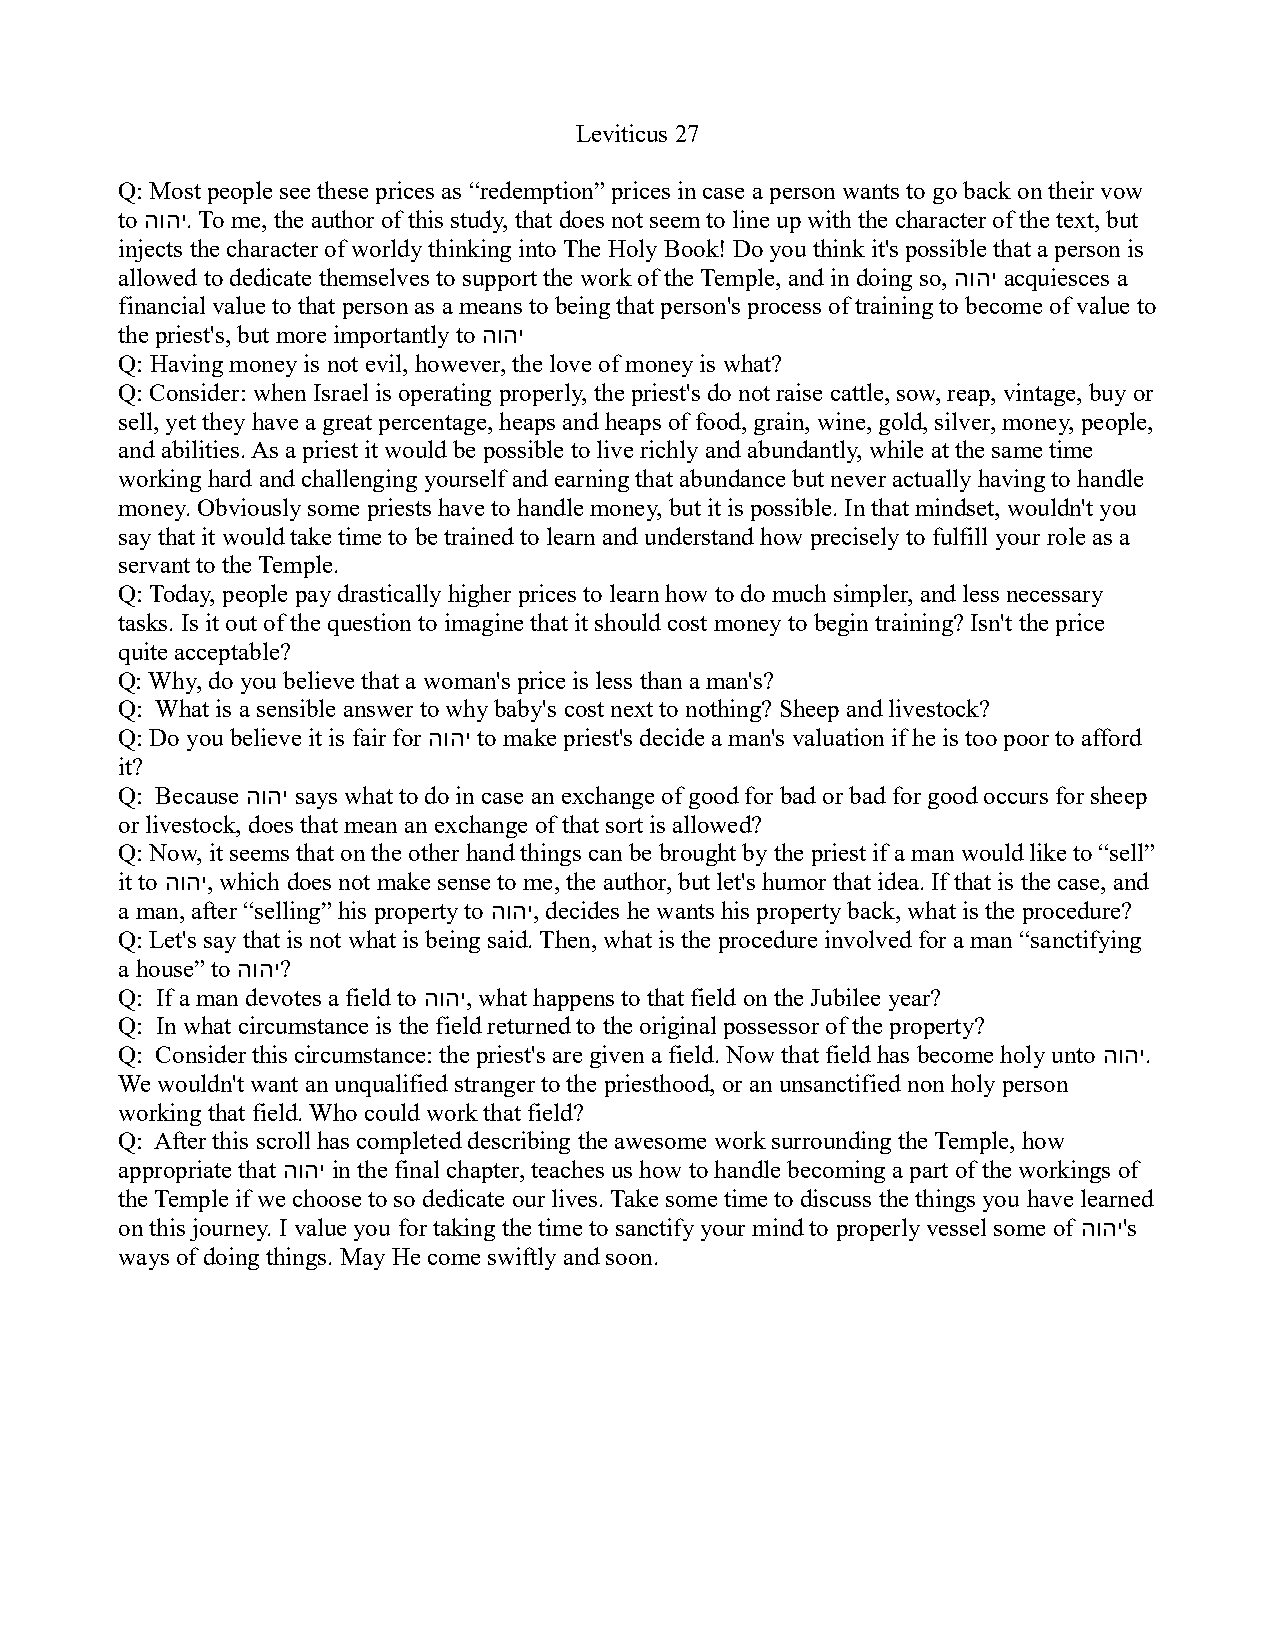
Leviticus 27
 Q: Most people see these prices as “redemption” prices in case a person wants to go back on their vow
 to הוהי. To me, the author of this study, that does not seem to line up with the character of the text, but
 injects the character of worldy thinking into The Holy Book! Do you think it's possible that a person is
 allowed to dedicate themselves to support the work of the Temple, and in doing so, הוהי acquiesces a
 financial value to that person as a means to being that person's process of training to become of value to
 the priest's, but more importantly to הוהי
 Q: Having money is not evil, however, the love of money is what?
 Q: Consider: when Israel is operating properly, the priest's do not raise cattle, sow, reap, vintage, buy or
 sell, yet they have a great percentage, heaps and heaps of food, grain, wine, gold, silver, money, people,
 and abilities. As a priest it would be possible to live richly and abundantly, while at the same time
 working hard and challenging yourself and earning that abundance but never actually having to handle
 money. Obviously some priests have to handle money, but it is possible. In that mindset, wouldn't you
 say that it would take time to be trained to learn and understand how precisely to fulfill your role as a
 servant to the Temple.
 Q: Today, people pay drastically higher prices to learn how to do much simpler, and less necessary
 tasks. Is it out of the question to imagine that it should cost money to begin training? Isn't the price
 quite acceptable?
 Q: Why, do you believe that a woman's price is less than a man's?
 Q: What is a sensible answer to why baby's cost next to nothing? Sheep and livestock?
 Q: Do you believe it is fair for הוהי to make priest's decide a man's valuation if he is too poor to afford
 it?
 Q: Because הוהי says what to do in case an exchange of good for bad or bad for good occurs for sheep
 or livestock, does that mean an exchange of that sort is allowed?
 Q: Now, it seems that on the other hand things can be brought by the priest if a man would like to “sell”
 it to הוהי, which does not make sense to me, the author, but let's humor that idea. If that is the case, and
 a man, after “selling” his property to הוהי, decides he wants his property back, what is the procedure?
 Q: Let's say that is not what is being said. Then, what is the procedure involved for a man “sanctifying
 a house” to הוהי?
 Q: If a man devotes a field to הוהי, what happens to that field on the Jubilee year?
 Q: In what circumstance is the field returned to the original possessor of the property?
 Q: Consider this circumstance: the priest's are given a field. Now that field has become holy unto הוהי.
 We wouldn't want an unqualified stranger to the priesthood, or an unsanctified non holy person
 working that field. Who could work that field?
 Q: After this scroll has completed describing the awesome work surrounding the Temple, how
 appropriate that הוהי in the final chapter, teaches us how to handle becoming a part of the workings of
 the Temple if we choose to so dedicate our lives. Take some time to discuss the things you have learned
 on this journey. I value you for taking the time to sanctify your mind to properly vessel some of הוהי's
 ways of doing things. May He come swiftly and soon.